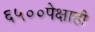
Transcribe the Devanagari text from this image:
६५००पेक्षाही